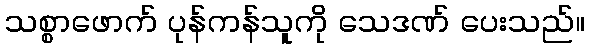
သစ္စာဖောက် ပုန်ကန်သူကို သေဒဏ် ပေးသည်။